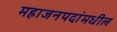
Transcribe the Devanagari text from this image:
महाजनपदांमधील